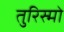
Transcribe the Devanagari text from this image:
तुरिस्मो